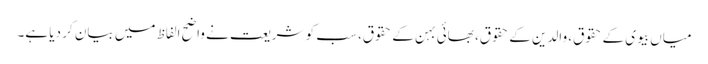
میاں بیوی کے حقوق، والدین کے حقوق، بھائی بہن کے حقوق، سب کو شریعت نے واضح الفاظ میں بیان کر دیا ہے۔